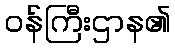
ဝန်ကြီးဌာန၏